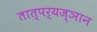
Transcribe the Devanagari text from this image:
तात्पर्यज्ञान